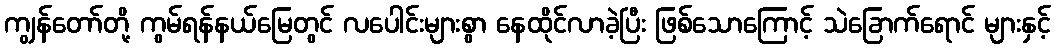
ကျွန်တော်တို့ ကွမ်ရန်နယ်မြေတွင် လပေါင်းများစွာ နေထိုင်လာခဲ့ပြီး ဖြစ်သောကြောင့် သဲခြောက်ရောင် များနှင့်